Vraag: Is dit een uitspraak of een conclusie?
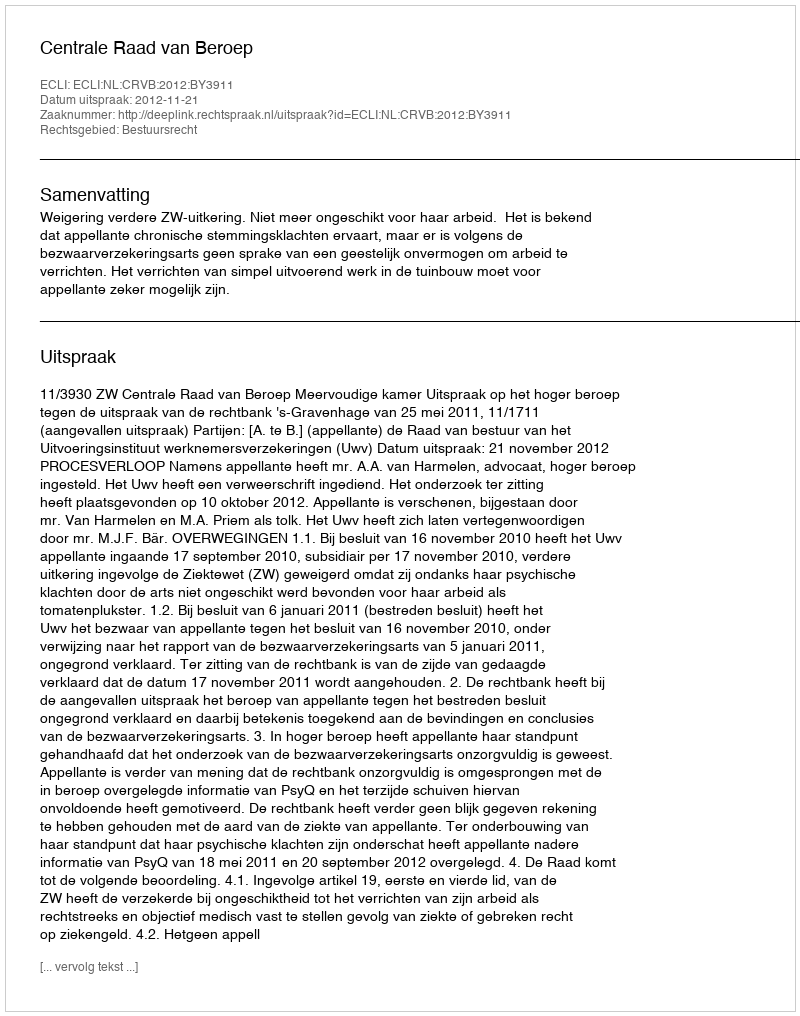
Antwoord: Uitspraak